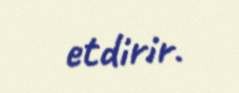
etdirir.